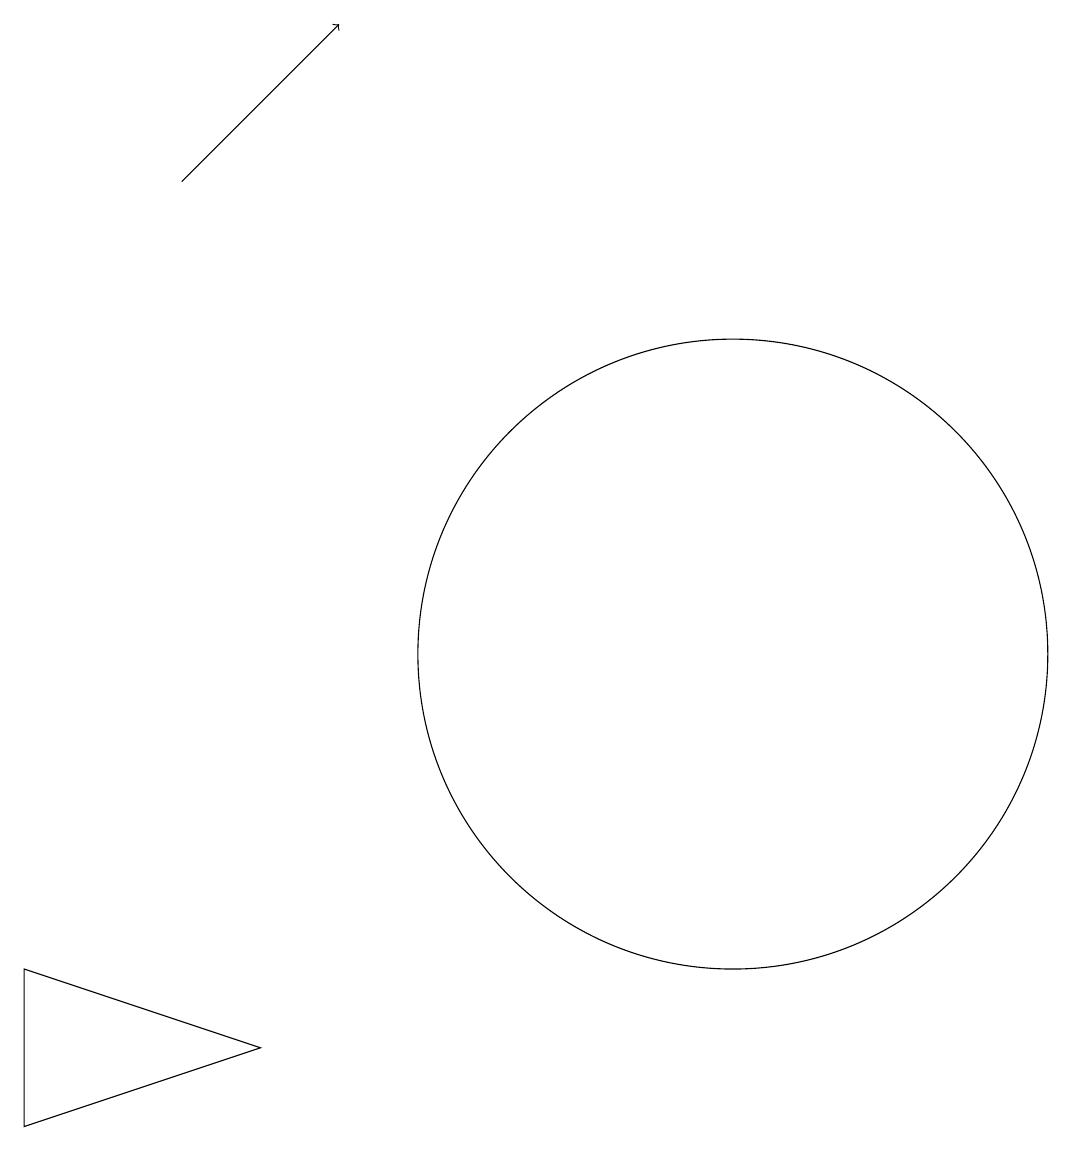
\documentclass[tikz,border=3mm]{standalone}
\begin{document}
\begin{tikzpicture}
\draw (12,11) circle (4);
\draw[->] (5,17) -- (7,19);
\draw (3,5) -- (3,7) -- (6,6) -- cycle;
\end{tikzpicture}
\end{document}